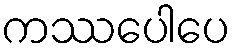
ကဿပေါပေ